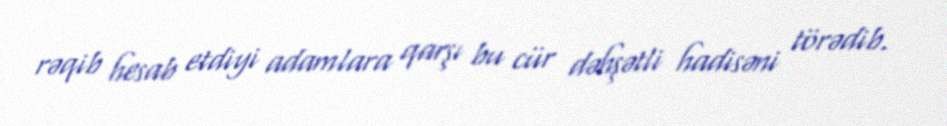
rəqib hesab etdiyi adamlara qarşı bu cür dəhşətli hadisəni törədib.